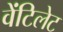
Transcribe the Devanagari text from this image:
वेंटिलेट